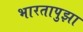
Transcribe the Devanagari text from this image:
भारतापुझा